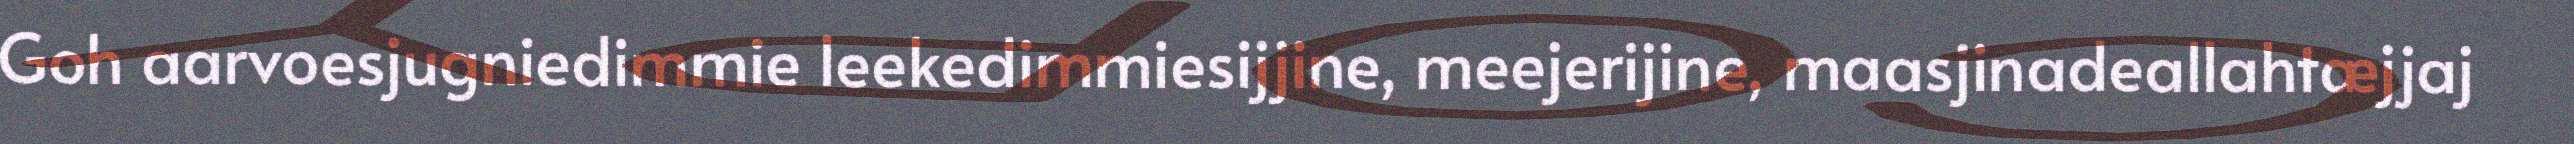
Goh aarvoesjugniedimmie leekedimmiesijjine, meejerijine, maasjinadeallahtæjjaj